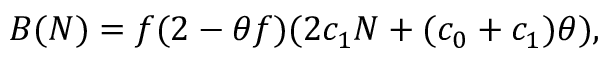
B ( N ) = f ( 2 - \theta f ) ( 2 c _ { 1 } N + ( c _ { 0 } + c _ { 1 } ) \theta ) ,